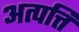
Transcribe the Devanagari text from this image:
अत्पत्ति